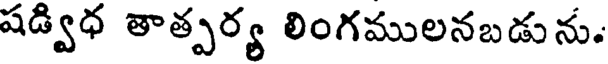
షడ్విధ తాత్పర్య లింగములనబడును.